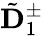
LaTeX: \tilde{\mathbf D}_{1}^{\pm}